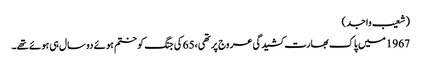
(شعیب واجد)
1967میں پاک بھارت کشیدگی عروج پر تھی،65 کی جنگ کو ختم ہوئے دو سال ہی ہوئے تھے۔